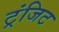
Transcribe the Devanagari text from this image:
ट्रंजिट